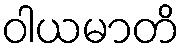
ဝါယမာတိ